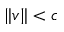
\| v \| < c